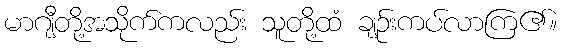
မာဂျီတို့အသိုက်ကလည်း သူတို့ထံ ချဉ်းကပ်လာကြ၏။